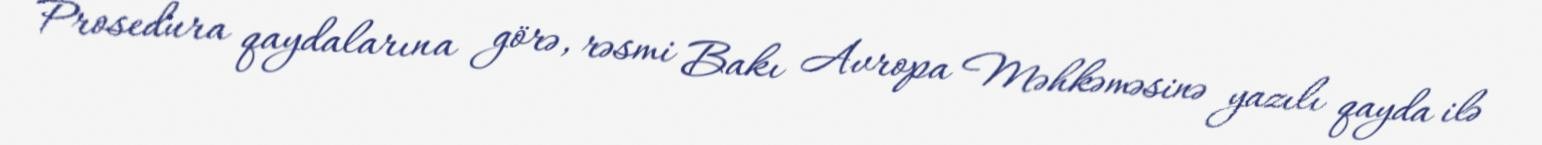
Prosedura qaydalarına görə, rəsmi Bakı Avropa Məhkəməsinə yazılı qayda ilə